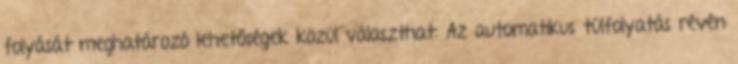
folyását meghatározó lehetőségek közül választhat: Az automatikus túlfolyatás révén